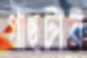
গাছটার